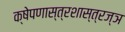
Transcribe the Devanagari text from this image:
क्षेपणास्त्रशास्त्रज्ञ